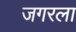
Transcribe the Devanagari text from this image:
जगरला